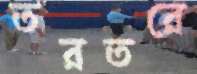
তরতরে